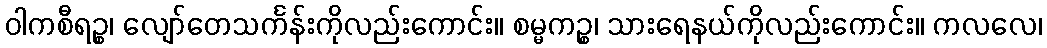
ဝါကစီရဉ္စ၊ လျော်တေသင်္ကန်းကိုလည်းကောင်း။ စမ္မကဉ္စ၊ သားရေနယ်ကိုလည်းကောင်း။ ကလလေ၊